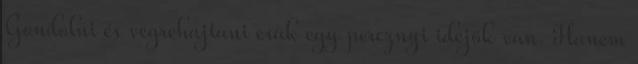
Gondolni és végrehajtani csak egy percznyi idejök van. Hanem